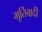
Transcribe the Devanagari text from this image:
मूर्तिवादी